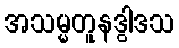
အသမ္မတူနဒွါဒသ